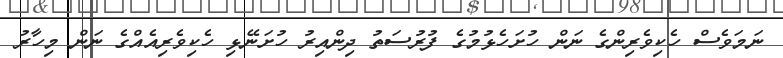
ނަމަވެސް ހެކިވެރިންގެ ނަން ހުށަހެޅުމުގެ ފުރުސަތު ދިންއިރު ހުށަނޭޅި ހެކިވެރިއެއްގެ ނަން މިހާރު